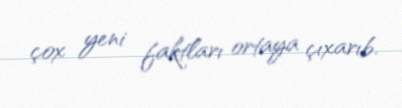
çox yeni faktları ortaya çıxarıb.